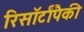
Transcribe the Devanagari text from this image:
रिसॉर्टांपैकी